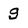
Character: g